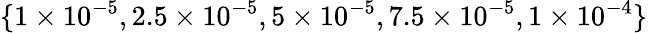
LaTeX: \{ 1\times 10^{-5},2.5\times 10^{-5},5\times 10^{-5},7.5\times 10^{-5},1\times 10^{-4}\}